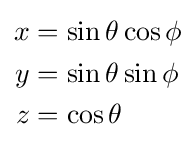
{\begin{aligned}x&=\sin \theta \cos \phi \\y&=\sin \theta \sin \phi \\z&=\cos \theta \end{aligned}}